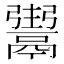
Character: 𩱌